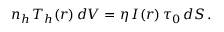
n _ { h } \, T _ { h } ( r ) \, d V = \eta \, I ( r ) \, \tau _ { 0 } \, d S \, .